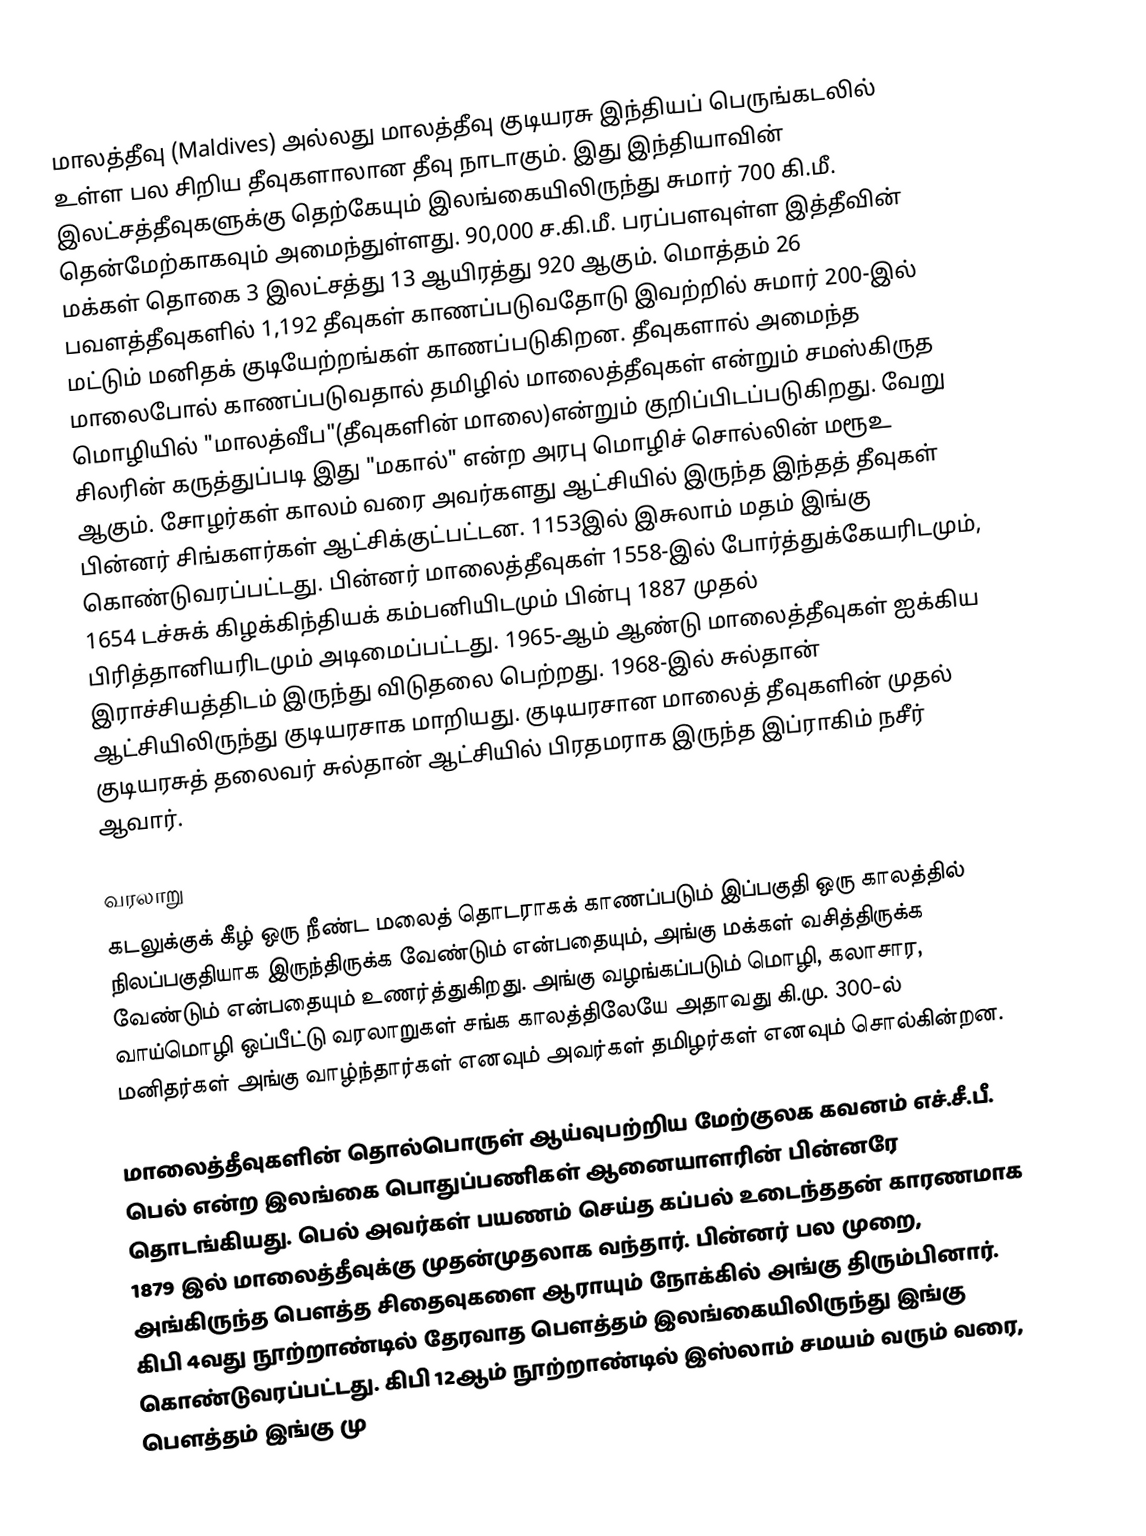
மாலத்தீவு  (Maldives) அல்லது மாலத்தீவு குடியரசு இந்தியப் பெருங்கடலில் உள்ள பல சிறிய தீவுகளாலான தீவு நாடாகும்.  இது இந்தியாவின் இலட்சத்தீவுகளுக்கு தெற்கேயும் இலங்கையிலிருந்து சுமார் 700 கி.மீ. தென்மேற்காகவும் அமைந்துள்ளது. 90,000 ச.கி.மீ. பரப்பளவுள்ள இத்தீவின் மக்கள் தொகை 3 இலட்சத்து 13 ஆயிரத்து 920 ஆகும். மொத்தம் 26 பவளத்தீவுகளில் 1,192 தீவுகள் காணப்படுவதோடு இவற்றில் சுமார் 200-இல் மட்டும் மனிதக் குடியேற்றங்கள் காணப்படுகிறன. தீவுகளால் அமைந்த மாலைபோல் காணப்படுவதால் தமிழில்  மாலைத்தீவுகள் என்றும்  சமஸ்கிருத மொழியில் "மாலத்வீப"(தீவுகளின் மாலை)என்றும் குறிப்பிடப்படுகிறது. வேறு சிலரின் கருத்துப்படி இது "மகால்" என்ற அரபு மொழிச் சொல்லின் மரூஉ ஆகும்.  சோழர்கள் காலம் வரை அவர்களது ஆட்சியில் இருந்த  இந்தத் தீவுகள் பின்னர் சிங்களர்கள் ஆட்சிக்குட்பட்டன. 1153இல் இசுலாம் மதம் இங்கு கொண்டுவரப்பட்டது. பின்னர் மாலைத்தீவுகள் 1558-இல் போர்த்துக்கேயரிடமும், 1654 டச்சுக் கிழக்கிந்தியக் கம்பனியிடமும் பின்பு 1887 முதல் பிரித்தானியரிடமும் அடிமைப்பட்டது. 1965-ஆம் ஆண்டு மாலைத்தீவுகள் ஐக்கிய இராச்சியத்திடம் இருந்து விடுதலை பெற்றது. 1968-இல் சுல்தான் ஆட்சியிலிருந்து குடியரசாக மாறியது. குடியரசான மாலைத் தீவுகளின் முதல் குடியரசுத் தலைவர்  சுல்தான் ஆட்சியில் பிரதமராக இருந்த இப்ராகிம் நசீர் ஆவார்.

வரலாறு
கடலுக்குக் கீழ் ஒரு நீண்ட மலைத் தொடராகக் காணப்படும்  இப்பகுதி ஒரு காலத்தில் நிலப்பகுதியாக இருந்திருக்க வேண்டும் என்பதையும், அங்கு மக்கள் வசித்திருக்க வேண்டும் என்பதையும் உணர்த்துகிறது. அங்கு வழங்கப்படும்  மொழி, கலாசார, வாய்மொழி ஒப்பீட்டு வரலாறுகள் சங்க காலத்திலேயே அதாவது கி.மு. 300-ல் மனிதர்கள் அங்கு வாழ்ந்தார்கள் எனவும் அவர்கள் தமிழர்கள் எனவும் சொல்கின்றன.

மாலைத்தீவுகளின் தொல்பொருள் ஆய்வுபற்றிய மேற்குலக கவனம் எச்.சீ.பீ. பெல் என்ற இலங்கை பொதுப்பணிகள் ஆனையாளரின் பின்னரே தொடங்கியது. பெல் அவர்கள் பயணம் செய்த கப்பல் உடைந்ததன் காரணமாக 1879 இல் மாலைத்தீவுக்கு முதன்முதலாக வந்தார். பின்னர் பல முறை, அங்கிருந்த பௌத்த சிதைவுகளை ஆராயும் நோக்கில் அங்கு திரும்பினார்.  கிபி 4வது நூற்றாண்டில் தேரவாத பௌத்தம் இலங்கையிலிருந்து இங்கு கொண்டுவரப்பட்டது. கிபி 12ஆம் நூற்றாண்டில் இஸ்லாம் சமயம் வரும் வரை, பௌத்தம் இங்கு மு